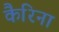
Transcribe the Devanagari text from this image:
कैरिना